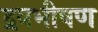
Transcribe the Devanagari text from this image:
द्रवभीषण